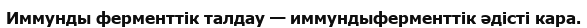
Иммунды ферменттік талдау — иммундыферменттік әдісті кара.